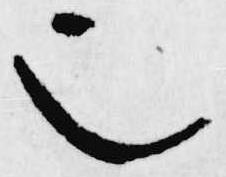
也